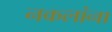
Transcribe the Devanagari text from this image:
नकलांना